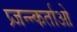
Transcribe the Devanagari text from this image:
प्र्जन्न्कर्ताओ